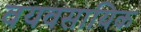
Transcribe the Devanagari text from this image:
वयवसायिक